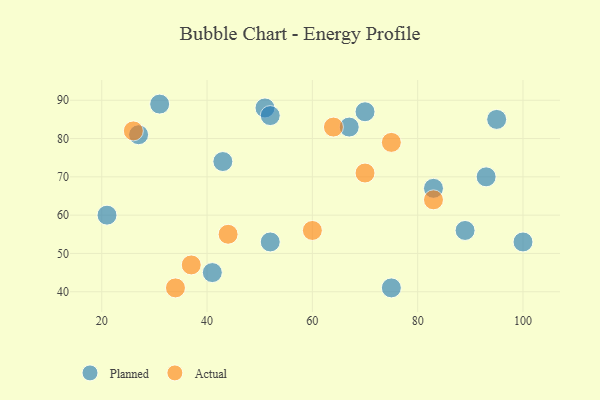
{"axis": {"x": "GDP", "y": "Life Expectancy"}, "legend": ["Actual", "Planned"], "data": [{"x": "31", "y": 89, "type": "Planned"}, {"x": "51", "y": 88, "type": "Planned"}, {"x": "52", "y": 86, "type": "Planned"}, {"x": "43", "y": 74, "type": "Planned"}, {"x": "67", "y": 83, "type": "Planned"}, {"x": "27", "y": 81, "type": "Planned"}, {"x": "100", "y": 53, "type": "Planned"}, {"x": "41", "y": 45, "type": "Planned"}, {"x": "95", "y": 85, "type": "Planned"}, {"x": "83", "y": 67, "type": "Planned"}, {"x": "93", "y": 70, "type": "Planned"}, {"x": "89", "y": 56, "type": "Planned"}, {"x": "70", "y": 87, "type": "Planned"}, {"x": "75", "y": 41, "type": "Planned"}, {"x": "52", "y": 53, "type": "Planned"}, {"x": "21", "y": 60, "type": "Planned"}, {"x": "37", "y": 47, "type": "Actual"}, {"x": "75", "y": 79, "type": "Actual"}, {"x": "70", "y": 71, "type": "Actual"}, {"x": "60", "y": 56, "type": "Actual"}, {"x": "83", "y": 64, "type": "Actual"}, {"x": "26", "y": 82, "type": "Actual"}, {"x": "34", "y": 41, "type": "Actual"}, {"x": "44", "y": 55, "type": "Actual"}, {"x": "64", "y": 83, "type": "Actual"}]}